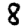
Digit: 8